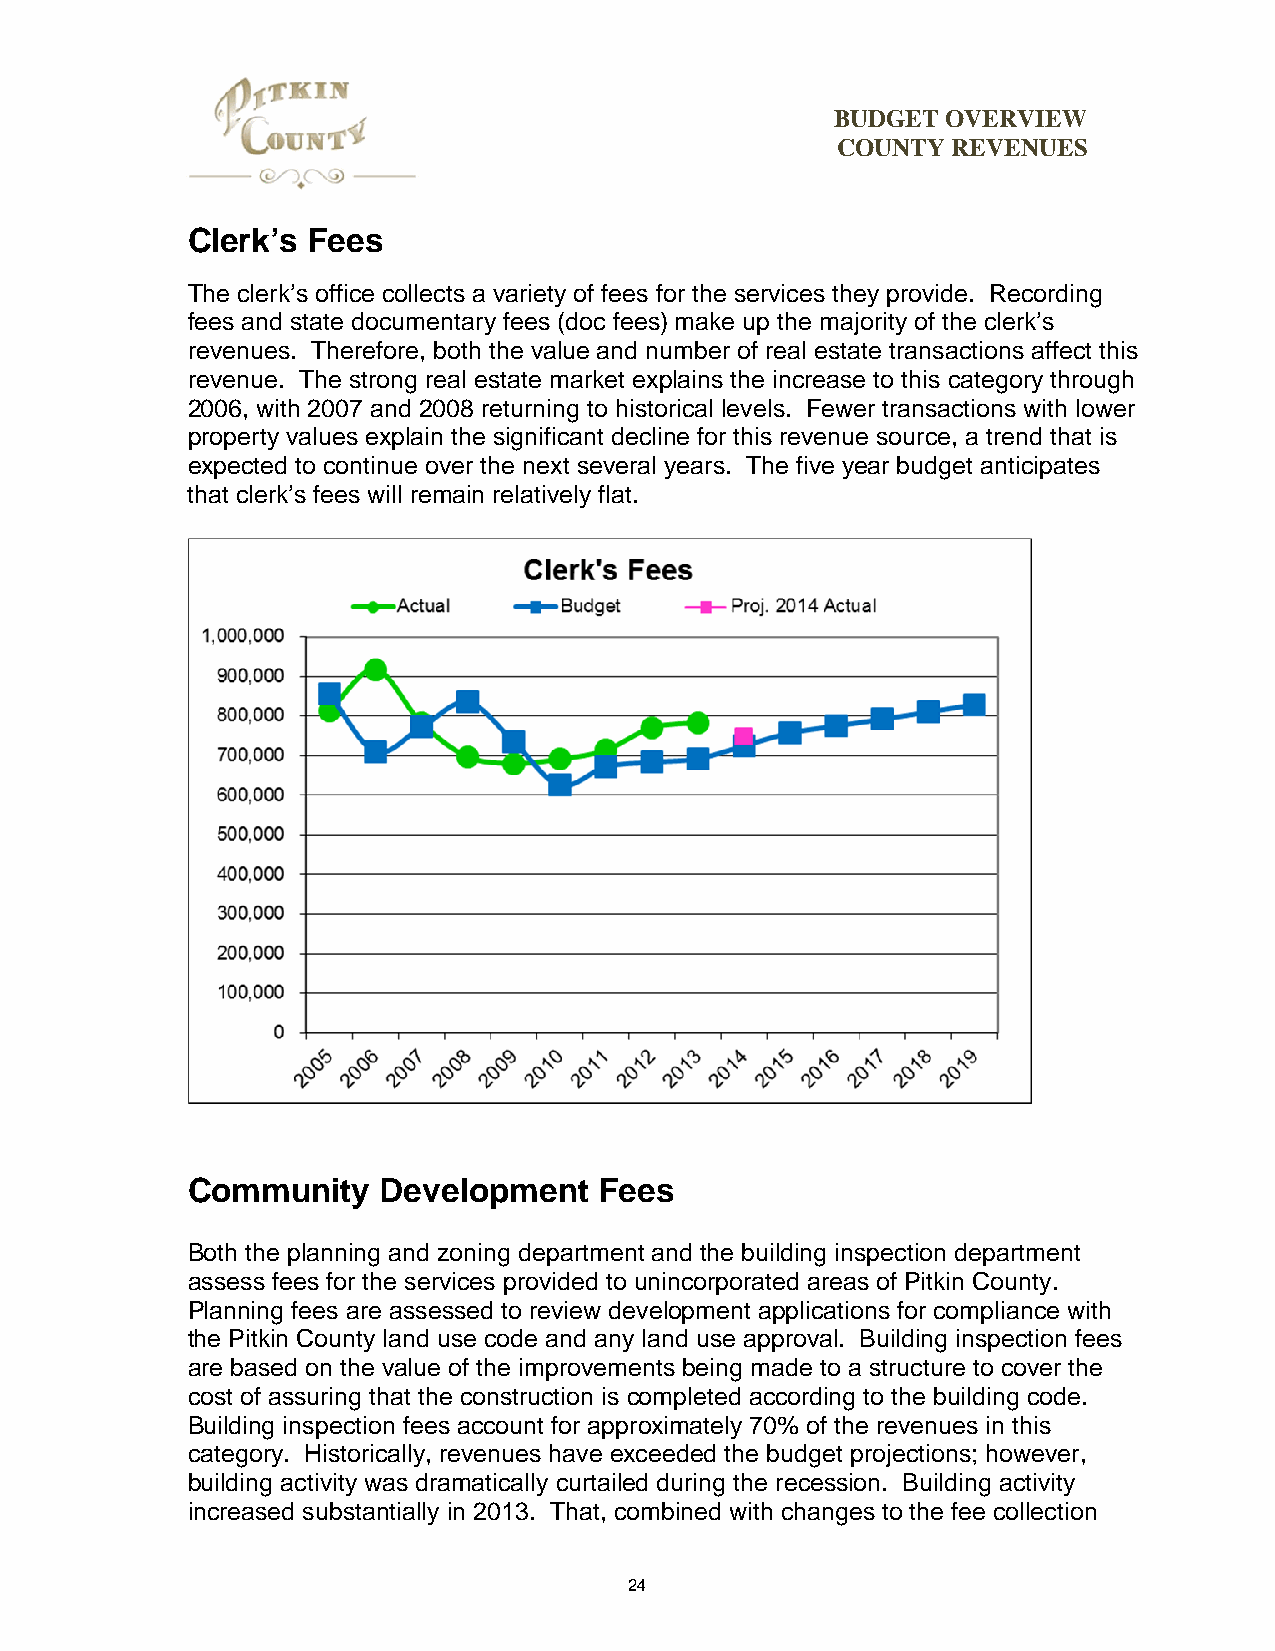
BUDGET  OVERVIEW
 COUNTY  REVENUES
 Clerk’s Fees
 The clerk’s office collects a variety of fees for the services they provide. Recording
 fees and state documentary fees (doc fees) make up the majority of the clerk’s
 revenues. Therefore, both the value and number of real estate transactions affect this
 revenue. The strong real estate market explains the increase to this category through
 2006, with 2007 and 2008 returning to historical levels. Fewer transactions with lower
 property values explain the significant decline for this revenue source, a trend that is
 expected to continue over the next several years. The five year budget anticipates
 that clerk’s fees will remain relatively flat.
 Community    Development    Fees
 Both the planning and zoning department and the building inspection department
 assess fees for the services provided to unincorporated areas of Pitkin County.
 Planning fees are assessed to review development applications for compliance with
 the Pitkin County land use code and any land use approval. Building inspection fees
 are based on the value of the improvements being made to a structure to cover the
 cost of assuring that the construction is completed according to the building code.
 Building inspection fees account for approximately 70% of the revenues in this
 category. Historically, revenues have exceeded the budget projections; however,
 building activity was dramatically curtailed during the recession. Building activity
 increased substantially in 2013. That, combined with changes to the fee collection
 24